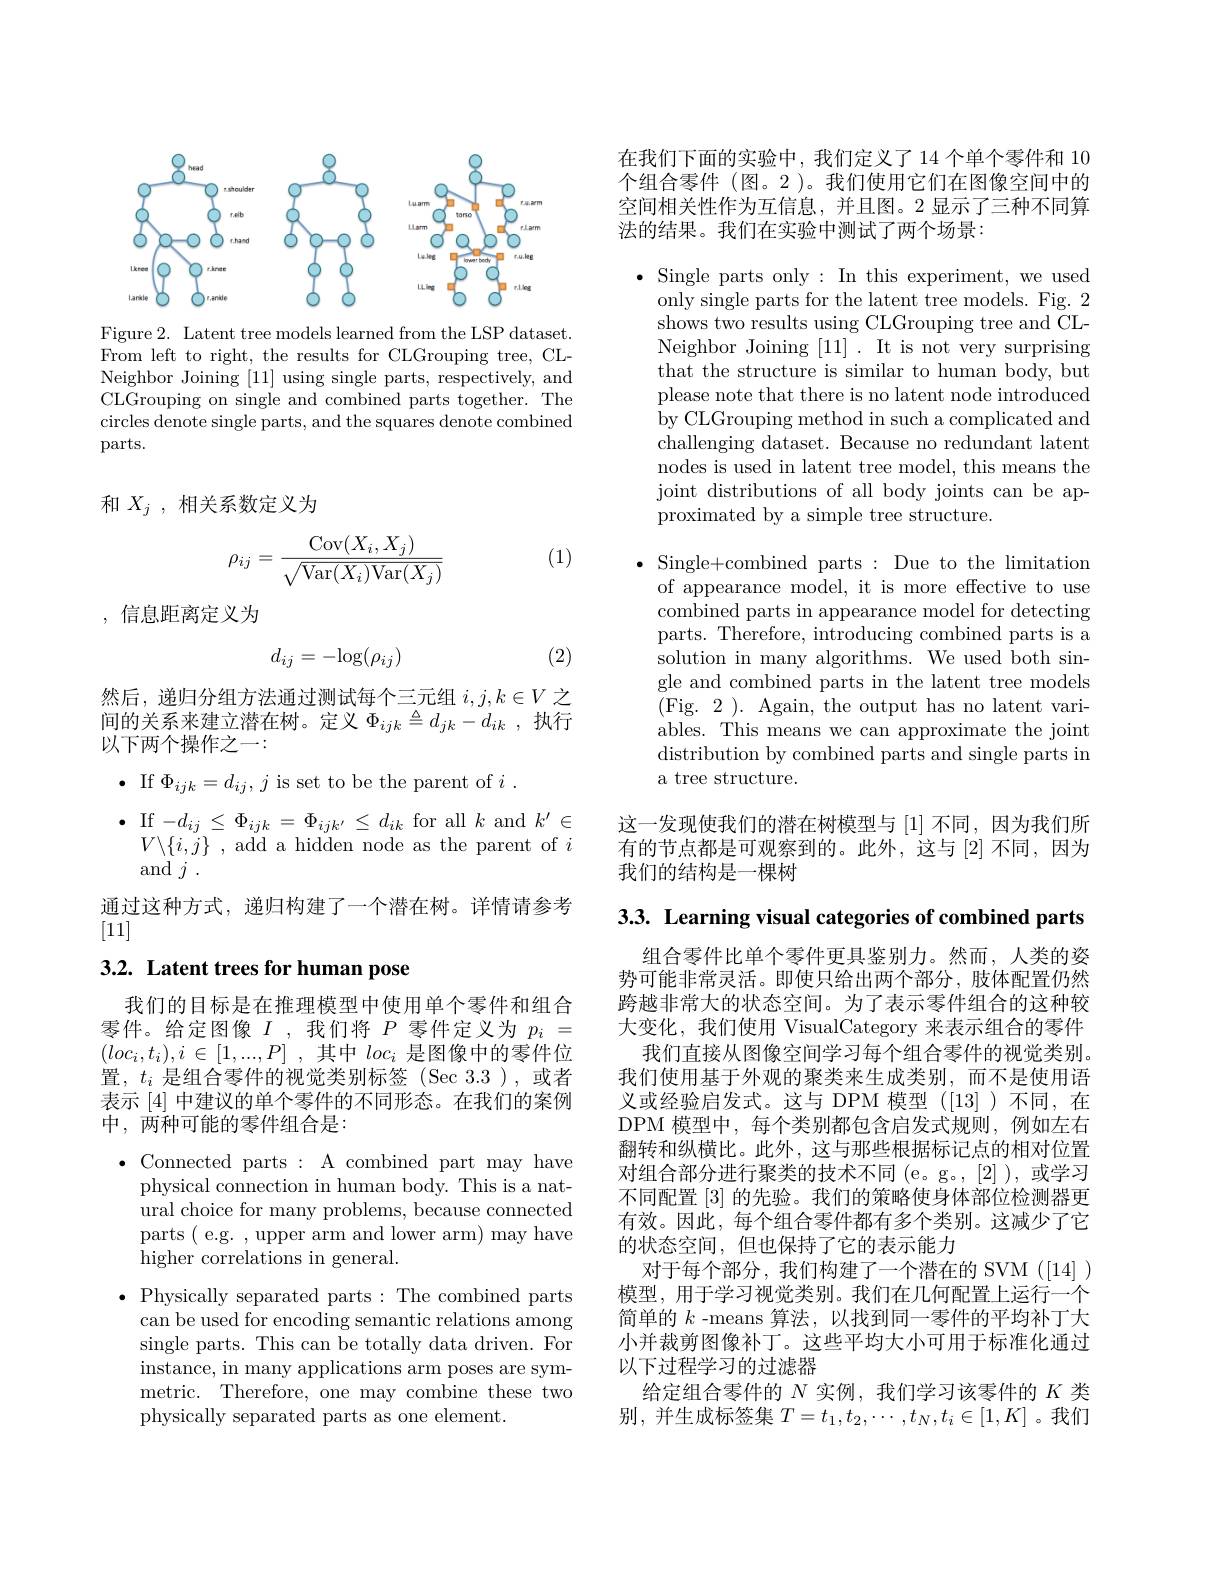
<FigureHere>

Figure 2. Latent tree models learned from the LSP dataset. From left to right, the results for CLGrouping tree, CLNeighbor Joining [11] using single parts, respectively, and CLGrouping on single and combined parts together. The circles denote single parts, and the squares denote combined parts.

和$X_j$,相关系数定义为

(1)
$$\rho_{ij}=\frac{\mathrm{Cov}(X_i,X_j)}{\sqrt{\mathrm{Var}(X_i)\mathrm{Var}(X_j)}}$$
, 信息距离定义为
$$d_{ij}=-\log(\rho_{ij})$$
(2)

然后，递归分组方法通过测试每个三元组$i,j,k\in V$之间的关系来建立潜在树。定义$\Phi_ijk\triangleq d_{jk}-d_{ik}$,执行以下两个操作之一：

$\bullet$ If $\Phi_ijk=d_{ij},j$ is set to be the parent of $i.$

$\bullet$ If $-d_{ij}\leq\Phi_{ijk}=\Phi_{ijk^{\prime}}\leq d_{ik}$ for all $k$ and $k^\prime\in$
$V\backslash\{i,j\}$ , add a hidden node as the parent of $i$
and$j.$
通过这种方式，递归构建了一个潜在树。详情请参考
[11]

# 3.2. Latent trees for human pose

我们的目标是在推理模型中使用单个零件和组合零件。给定图像$I$ ,我们将$P$零件定义为$p_i=$ $( loc_i, t_i) , i\in [ 1, . . . , P]$ ,其中 $loc_i$ 是图像中的零件位置，$t_i$是组合零件的视觉类别标签(Sec 3.3),或者表示[4]中建议的单个零件的不同形态。在我们的案例中，两种可能的零件组合是：

$\bullet$ Connected parts: A combined part may have
physical connection in human body. This is a natural choice for many problems, because connected parts( e.g. , upper arm and lower arm) may have higher correlations in general.
$\bullet$ Physically separated parts: The combined parts
can be used for encoding semantic relations among single parts. This can be totally data driven. For instance, in many applications arm poses are symmetric. Therefore, one may combine these two physically separated parts as one element.

在我们下面的实验中，我们定义了14个单个零件和 10个组合零件(图。2)。我们使用它们在图像空间中的空间相关性作为互信息，并且图。2 显示了三种不同算法的结果。我们在实验中测试了两个场景：

$\bullet$ Single parts only: In this experiment, we used
only single parts for the latent tree models. Fig. 2 shows two results using CLGrouping tree and CLNeighbor Joining [11]. It is not very surprising that the structure is similar to human body, but please note that there is no latent node introduced by CLGrouping method in such a complicated and challenging dataset. Because no redundant latent nodes is used in latent tree model, this means the joint distributions of all body joints can be approximated by a simple tree structure.

$\bullet$ Single+combined parts: Due to the limitation
of appearance model, it is more effective to use combined parts in appearance model for detecting parts. Therefore, introducing combined parts is a solution in many algorithms. We used both single and combined parts in the latent tree models (Fig.2).Again, the output has no latent variables. This means we can approximate the joint distribution by combined parts and single parts in a tree structure.

这一发现使我们的潜在树模型与[1]不同，因为我们所有的节点都是可观察到的。此外，这与[2]不同，因为我们的结构是一棵树

3.3. Learning visual categories of combined parts

组合零件比单个零件更具鉴别力。然而，人类的姿势可能非常灵活。即使只给出两个部分，肢体配置仍然跨越非常大的状态空间。为了表示零件组合的这种较大变化，我们使用 VisualCategory 来表示组合的零件
我们直接从图像空间学习每个组合零件的视觉类别。我们使用基于外观的聚类来生成类别，而不是使用语义或经验启发式。这与 DPM 模型 ([13] )不同，在DPM 模型中，每个类别都包含启发式规则，例如左右翻转和纵横比。此外，这与那些根据标记点的相对位置对组合部分进行聚类的技术不同 (e。g。,[2] ),或学习不同配置[3]的先验。我们的策略使身体部位检测器更有效。因此，每个组合零件都有多个类别。这减少了它的状态空间，但也保持了它的表示能力
对于每个部分，我们构建了一个潜在的 SVM ([14] ) 模型，用于学习视觉类别。我们在几何配置上运行一个简单的$k$ -means 算法，以找到同一零件的平均补丁大小并裁剪图像补丁。这些平均大小可用于标准化通过以下过程学习的过滤器
给定组合零件的$N$实例，我们学习该零件的$K$类别，并生成标签集$T=t_1,t_2,\cdots,t_N,t_i\in[1,K]$ 。我们